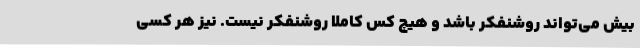
بیش می‌تواند روشنفکر باشد و هیچ کس کاملاً روشنفکر نیست. نیز هر کسی